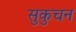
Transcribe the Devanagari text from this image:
सुकुचन